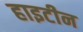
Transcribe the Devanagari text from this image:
हाइटीन